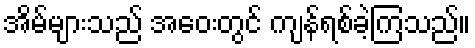
အိမ်များသည် အဝေးတွင် ကျန်ရစ်ခဲ့ကြသည်။